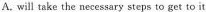
A.will take the necessary steps to get to it